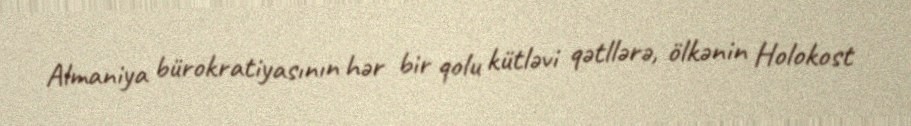
Almaniya bürokratiyasının hər bir qolu kütləvi qətllərə, ölkənin Holokost